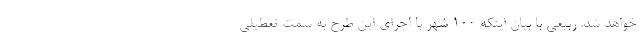
خواهد شد. ربیعی با بیان اینکه 100 شهر با اجرای این طرح به سمت تعطیلی